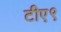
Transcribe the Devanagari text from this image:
टीए९